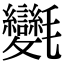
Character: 𣱂